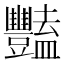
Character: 豔